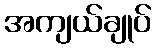
အကျယ်ချုပ်